Annual statistical returns and brief notes on vaccination in Bengal - 1909-1929
Year: 1909
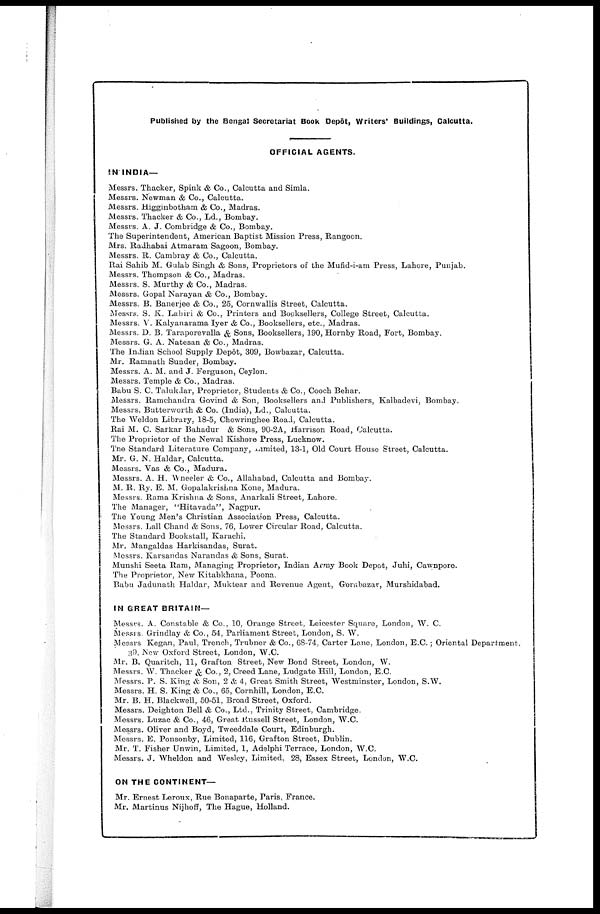
Published by the Bengal Secretariat Book Depôt, Writers' Buildings, Calcutta.
OFFICIAL AGENTS.
IN INDIA—
Messrs. Thacker, Spink & Co., Calcutta and Simla.
Messrs. Newman & Co., Calcutta.
Messrs. Higginbotham & Co., Madras.
Messrs. Thacker & Co., Ld., Bombay.
Messrs. A. J. Combridge & Co., Bombay.
The Superintendent, American Baptist Mission Press, Rangoon.
Mrs. Radhabai Atmaram Sagoon, Bombay.
Messrs. R. Cambray & Co., Calcutta.
Rai Sahib M. Gulab Singh & Sons, Proprietors of the Mufid-i-am Press, Lahore, Punjab.
Messrs. Thompson & Co., Madras.
Messrs. S. Murthy & Co., Madras.
Messrs. Gopal Narayan & Co., Bombay.
Messrs. B. Banerjee & Co., 25, Cornwallis Street, Calcutta.
Messrs. S. K. Lahiri & Co., Printers and Booksellers, College Street, Calcutta.
Messrs. V. Kalyanarama Iyer & Co., Booksellers, etc., Madras.
Messrs. D. B. Taraporevalla & Sons, Booksellers, 190, Hornby Road, Fort, Bombay.
Messrs. G. A. Natesan & Co., Madras.
The Indian School Supply Depôt, 309, Bowbazar, Calcutta.
Mr. Ramnath Sunder, Bombay.
Messrs. A. M. and J. Ferguson, Ceylon.
Messrs. Temple & Co., Madras.
Babu S. C. Talukdar, Proprietor, Students & Co., Cooch Behar.
Messrs. Ramchandra Govind & Son, Booksellers and Publishers, Kalbadevi, Bombay.
Messrs. Butterworth & Co. (India), Ld., Calcutta.
The Weldon Library, 18-5, Chowringhee Road, Calcutta.
Rai M. C. Sarkar Bahadur & Sons, 90-2A, Harrison Road, Calcutta.
The Proprietor of the Newal Kishore Press, Lucknow.
The Standard Literature Company, Limited, 13-1, Old Court House Street, Calcutta.
Mr. G. N. Haldar, Calcutta.
Messrs. Vas & Co., Madura.
Messrs. A. H. Wheeler & Co., Allahabad, Calcutta and Bombay.
M. R. Ry. E. M. Gopalakrishna Kone, Madura.
Messrs. Rama Krishna & Sons, Anarkali Street, Lahore.
The Manager, "Hitavada", Nagpur.
The Young Men's Christian Association Press, Calcutta.
Messrs. Lall Chand & Sons, 76, Lower Circular Road, Calcutta.
The Standard Bookstall, Karachi.
Mr. Mangaldas Harkisandas, Surat.
Messrs. Karsandas Narandas & Sons, Surat.
Munshi Seeta Ram, Managing Proprietor, Indian Army Book Depot, Juhi, Cawnpore.
The Proprietor, New Kitabkhana, Poona.
Babu Jadunath Haldar, Muktear and Revenue Agent, Gorabazar, Murshidabad.
IN GREAT BRITAIN—
Messrs. A. Constable & Co., 10, Orange Street, Leicester Square, London, W. C.
Messrs. Grindlay & Co., 54, Parliament Street, London, S. W.
Messrs Kegan, Paul, Trench, Trubner & Co., 68-74, Carter Lane, London, E.C.; Oriental Department,
39, New Oxford Street, London, W.C.
Mr. B. Quaritch, 11, Grafton Street, New Bond Street, London, W.
Messrs. W. Thacker & Co., 2, Creed Lane, Ludgate Hill, London, E.C.
Messrs. P. S. King & Son, 2 & 4, Great Smith Street, Westminster, London, S.W.
Messrs. H. S. King & Co., 65, Cornhill, London, E.C.
Mr. B. H. Blackwell, 50-51, Broad Street, Oxford.
Messrs. Deighton Bell & Co., Ltd., Trinity Street, Cambridge.
Messrs. Luzac & Co., 46, Great Russell Street, London, W.C.
Messrs. Oliver and Boyd, Tweeddale Court, Edinburgh.
Messrs. E. Ponsonby, Limited, 116, Grafton Street, Dublin.
Mr. T. Fisher Unwin, Limited, 1, Adelphi Terrace, London, W.C.
Messrs. J. Wheldon and Wesley, Limited, 28, Essex Street, London, W.C.
ON THE CONTINENT—
Mr. Ernest Leroux, Rue Bonaparte, Paris, France.
Mr. Martinus Nijhoff, The Hague, Holland.